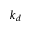
k _ { d }